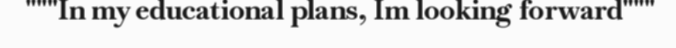
"""In my educational plans, Im looking forward"""